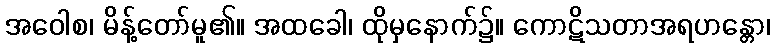
အဝေါစ၊ မိန့်တော်မူ၏။ အထခေါ၊ ထိုမှနောက်၌။ ကောဋိသတာအရဟန္တော၊